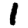
Digit: 1